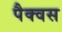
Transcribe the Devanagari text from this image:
पैक्वस